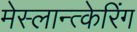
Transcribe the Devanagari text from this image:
मेस्लान्त्केरिंग